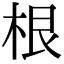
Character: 根